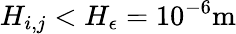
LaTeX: H_{i,j}<H_{\epsilon}=10^{-6}\textrm{m}